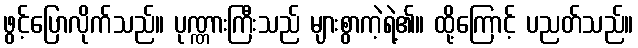
ဖွင့်ပြောလိုက်သည်။ ပုဏ္ဏားကြီးသည် များစွာကဲ့ရဲ့၏။ ထို့ကြောင့် ပညတ်သည်။